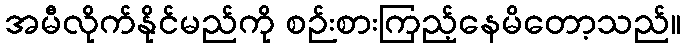
အမီလိုက်နိုင်မည်ကို စဉ်းစားကြည့်နေမိတော့သည်။